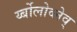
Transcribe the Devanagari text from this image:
र्य्बोलोव्लेव्